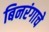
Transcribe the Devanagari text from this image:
बिनरंगाचे